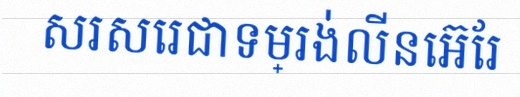
សរសេរជាទម្រង់លីនេអ៊ែរ